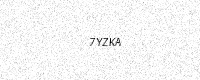
Text: 7YZKA